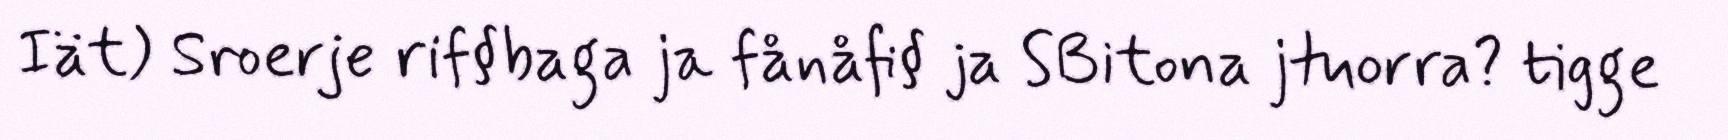
Iät) Sroerje rif§baga ja fånåfi§ ja SBitona jtuorra? tigge